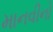
માનવીનો